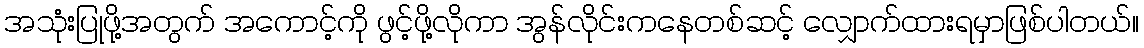
အသုံးပြုဖို့အတွက် အကောင့်ကို ဖွင့်ဖို့လိုကာ အွန်လိုင်းကနေတစ်ဆင့် လျှောက်ထားရမှာဖြစ်ပါတယ်။